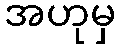
အဟုမှ